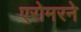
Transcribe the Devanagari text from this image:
एरोमरने